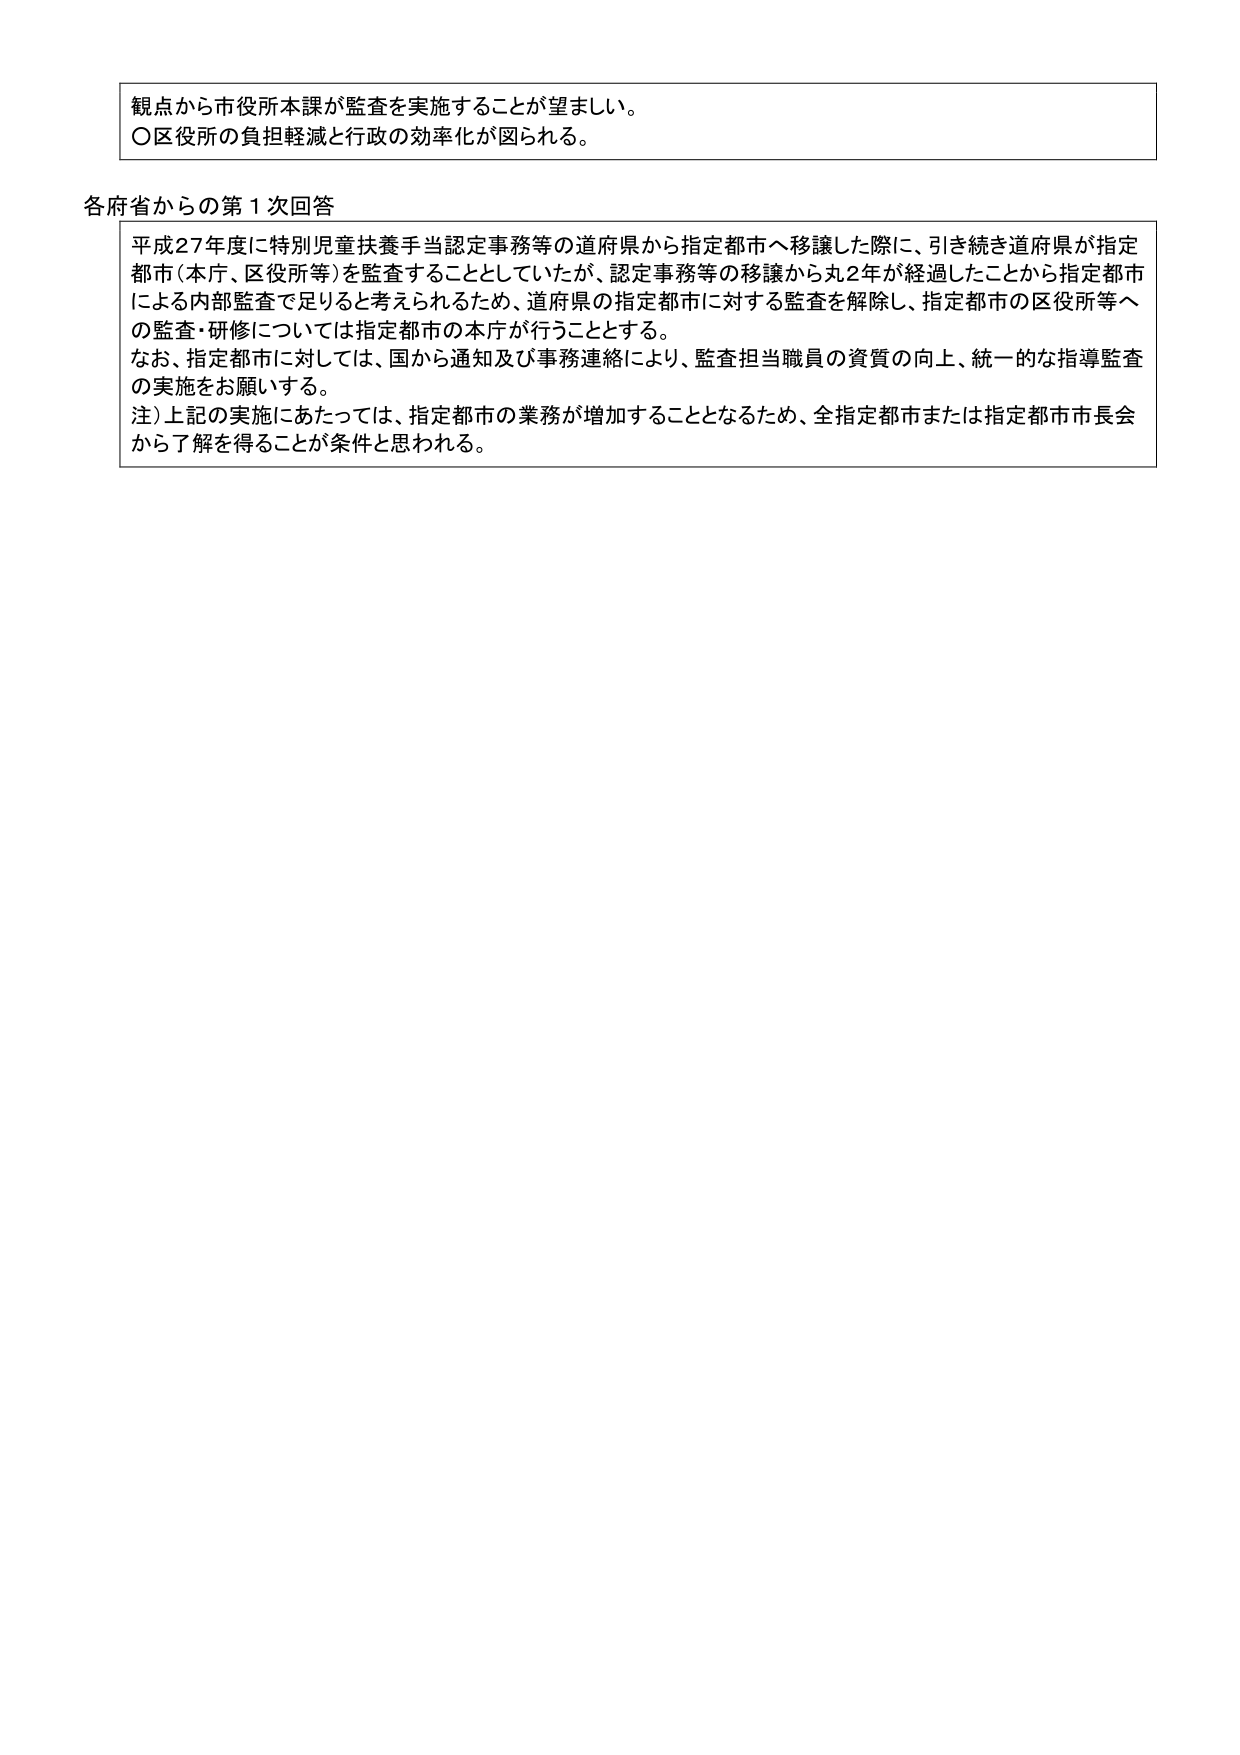
観点から市役所本課が監査を実施することが望ましい。
〇区役所の負担軽減と行政の効率化が図られる。

各府省からの第１次回答
平成27年度に特別児童扶養手当認定事務等の道府県から指定都市へ移譲した際に、引き続き道府県が指定都市（本庁、区役所等）を監査することとしていたが、認定事務等の移譲から丸2年が経過したことから指定都市による内部監査で足りると考えられるため、道府県の指定都市に対する監査を解除し、指定都市の区役所等への監査・研修については指定都市の本庁が行うこととする。
なお、指定都市に対しては、国から通知及び事務連絡により、監査担当職員の資質の向上、統一的な指導監査の実施をお願いする。
注）上記の実施にあたっては、指定都市の業務が増加することとなるため、全指定都市または指定都市市長会から了解を得ることが条件と思われる。